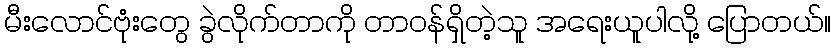
မီးလောင်ဗုံးတွေ ခွဲလိုက်တာကို တာဝန်ရှိတဲ့သူ အရေးယူပါလို့ ပြောတယ်။